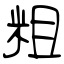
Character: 粗